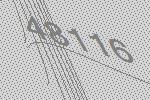
48116